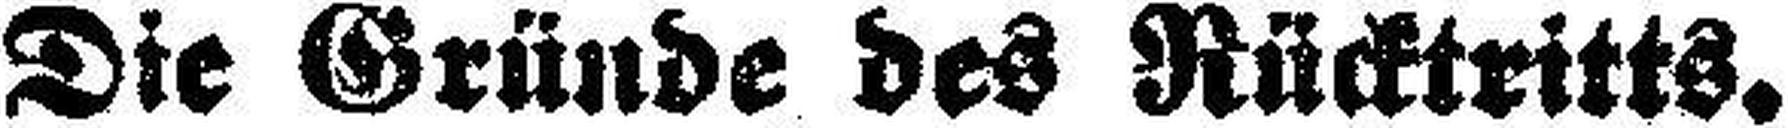
Die Gründe des Rücktritts.